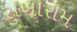
સખારામ